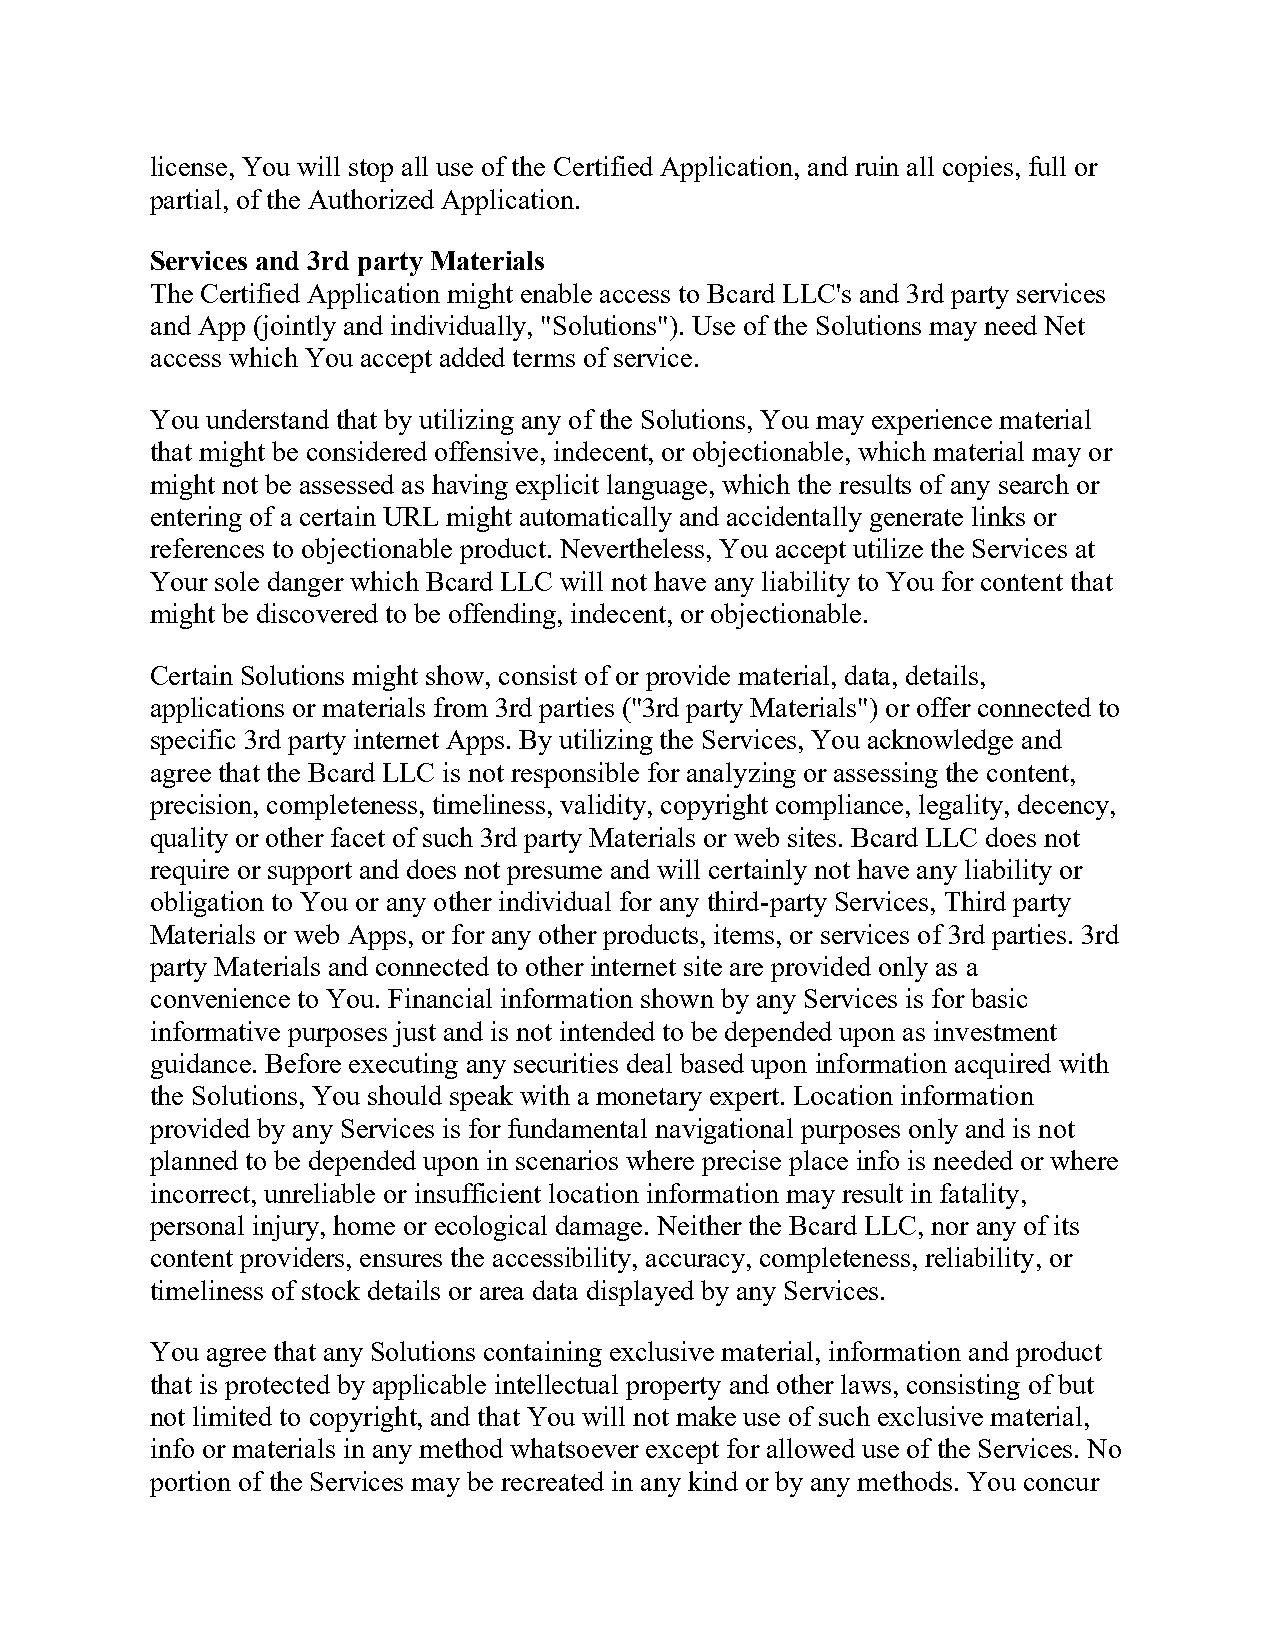
license, You will stop all use of the Certified Application, and ruin all copies, full or
 partial, of the Authorized Application.
 Services and 3rd party Materials
 The Certified Application might enable access to Bcard LLC's and 3rd party services
 and App (jointly and individually, "Solutions"). Use of the Solutions may need Net
 access which You accept added terms of service.
 You understand that by utilizing any of the Solutions, You may experience material
 that might be considered offensive, indecent, or objectionable, which material may or
 might not be assessed as having explicit language, which the results of any search or
 entering of a certain URL might automatically and accidentally generate links or
 references to objectionable product. Nevertheless, You accept utilize the Services at
 Your sole danger which Bcard LLC will not have any liability to You for content that
 might be discovered to be offending, indecent, or objectionable.
 Certain Solutions might show, consist of or provide material, data, details,
 applications or materials from 3rd parties ("3rd party Materials") or offer connected to
 specific 3rd party internet Apps. By utilizing the Services, You acknowledge and
 agree that the Bcard LLC is not responsible for analyzing or assessing the content,
 precision, completeness, timeliness, validity, copyright compliance, legality, decency,
 quality or other facet of such 3rd party Materials or web sites. Bcard LLC does not
 require or support and does not presume and will certainly not have any liability or
 obligation to You or any other individual for any third-party Services, Third party
 Materials or web Apps, or for any other products, items, or services of 3rd parties. 3rd
 party Materials and connected to other internet site are provided only as a
 convenience to You. Financial information shown by any Services is for basic
 informative purposes just and is not intended to be depended upon as investment
 guidance. Before executing any securities deal based upon information acquired with
 the Solutions, You should speak with a monetary expert. Location information
 provided by any Services is for fundamental navigational purposes only and is not
 planned to be depended upon in scenarios where precise place info is needed or where
 incorrect, unreliable or insufficient location information may result in fatality,
 personal injury, home or ecological damage. Neither the Bcard LLC, nor any of its
 content providers, ensures the accessibility, accuracy, completeness, reliability, or
 timeliness of stock details or area data displayed by any Services.
 You agree that any Solutions containing exclusive material, information and product
 that is protected by applicable intellectual property and other laws, consisting of but
 not limited to copyright, and that You will not make use of such exclusive material,
 info or materials in any method whatsoever except for allowed use of the Services. No
 portion of the Services may be recreated in any kind or by any methods. You concur